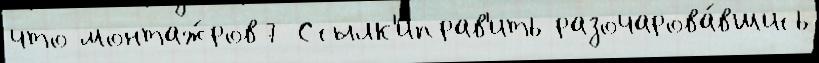
что монтаж́ров7 Ссылк'иправ'ить разочарова́вшись